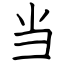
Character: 当